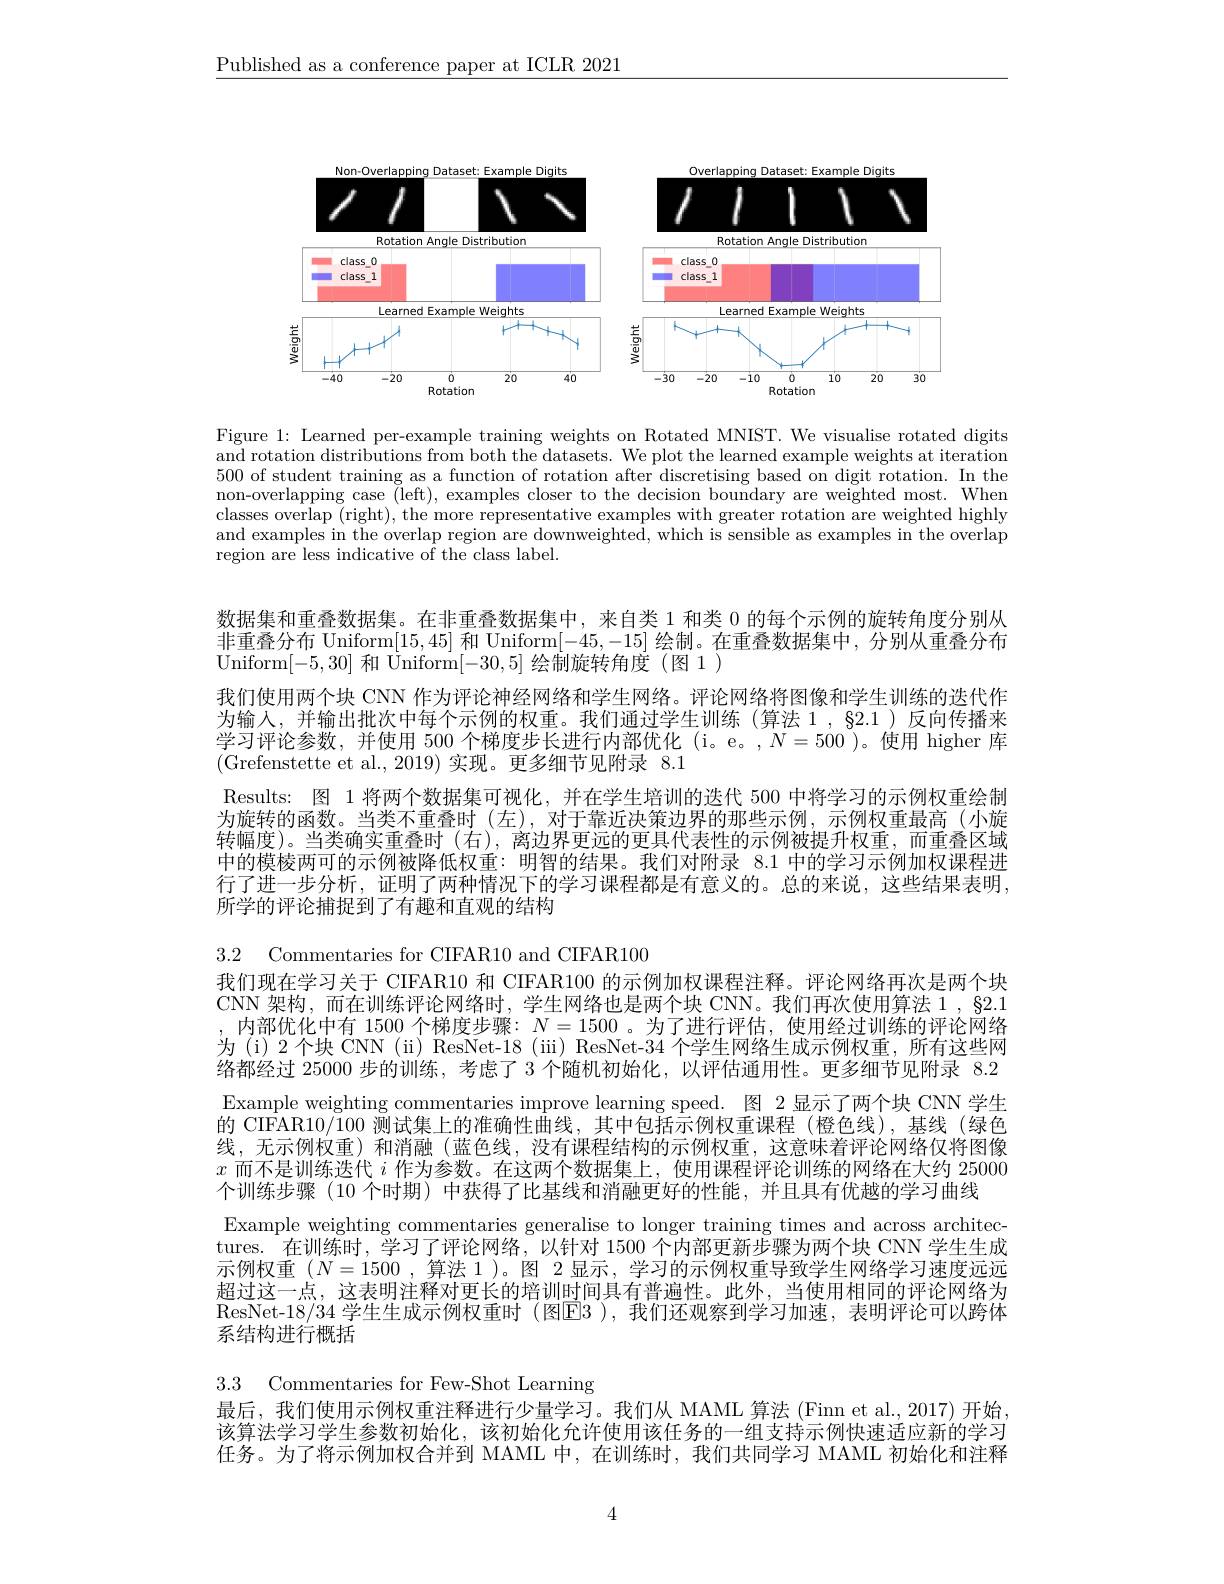
$\underline{\text{Published as a conference paper at ICLR 2021}}$

<FigureHere>

Figure 1: Learned per-example training weights on Rotated MNIST. We visualise rotated digits and rotation distributions from both the datasets. We plot the learned example weights at iteration 500 of student training as a function of rotation after discretising based on digit rotation. In the non-overlapping case (left), examples closer to the decision boundary are weighted most. When classes overlap (right), the more representative examples with greater rotation are weighted highly and examples in the overlap region are downweighted, which is sensible as examples in the overlap region are less indicative of the class label.

数据集和重叠数据集。在非重叠数据集中，来自类 1 和类 0 的每个示例的旋转角度分别从非重叠分布 Uniform[15,45]和 Uniform[-45,-15]绘制。在重叠数据集中，分别从重叠分布Uniform[-5,30]和 Uniform[-30,5]绘制旋转角度 (图 1 )
我们使用两个块 CNN 作为评论神经网络和学生网络。评论网络将图像和学生训练的迭代作为输入，并输出批次中每个示例的权重。我们通过学生训练(算法 1,§2.1)反向传播来学习评论参数，并使用 500 个梯度步长进行内部优化 (i。e。,$N=500$ )。使用 higher 库(Grefenstette et al.,2019)实现。更多细节见附录 8.1
Results: 图 1 将两个数据集可视化，并在学生培训的迭代 500 中将学习的示例权重绘制为旋转的函数。当类不重叠时 (左),对于靠近决策边界的那些示例，示例权重最高(小旋转幅度)。当类确实重叠时(右),离边界更远的更具代表性的示例被提升权重，而重叠区域中的模棱两可的示例被降低权重：明智的结果。我们对附录 8.1 中的学习示例加权课程进行了进一步分析，证明了两种情况下的学习课程都是有意义的。总的来说，这些结果表明， 所学的评论捕捉到了有趣和直观的结构

3.2 Commentaries for CIFAR10 and CIFAR100
我们现在学习关于 CIFAR10 和 CIFAR100 的示例加权课程注释。评论网络再次是两个块CNN 架构，而在训练评论网络时，学生网络也是两个块 CNN。我们再次使用算法 1 , $\S2.1$ ,内部优化中有 1500 个梯度步骤：$N=1500$ 。为了进行评估，使用经过训练的评论网络为(i)2个块 CNN(ii) ResNet-18(iii) ResNet-34 个学生网络生成示例权重，所有这些网络都经过 25000 步的训练，考虑了 3 个随机初始化，以评估通用性。更多细节见附录 8.2 Example weighting commentaries improve learning speed. 图 2显示了两个块 CNN 学生的 CIFAR10/100 测试集上的准确性曲线，其中包括示例权重课程 (橙色线),基线 (绿色线，无示例权重)和消融(蓝色线，没有课程结构的示例权重，这意味着评论网络仅将图像$x$而不是训练迭代$i$作为参数。在这两个数据集上，使用课程评论训练的网络在大约 25000个训练步骤(10 个时期) 中获得了比基线和消融更好的性能，并且具有优越的学习曲线
Example weighting commentaries generalise to longer training times and across architectures. 在训练时，学习了评论网络，以针对 1500 个内部更新步骤为两个块 CNN 学生生成示例权重($N=1500$ ,算法 1)。图 2显示，学习的示例权重导致学生网络学习速度远远超过这一点，这表明注释对更长的培训时间具有普遍性。此外，当使用相同的评论网络为ResNet-18/34 学生生成示例权重时 (图E3 ),我们还观察到学习加速，表明评论可以跨体系结构进行概括

3.3 Commentaries for Few-Shot Learning
最后，我们使用示例权重注释进行少量学习。我们从 MAML 算法 (Finn et al., 2017) 开始该算法学习学生参数初始化，该初始化允许使用该任务的一组支持示例快速适应新的学习任务。为了将示例加权合并到 MAML 中，在训练时，我们共同学习 MAML 初始化和注释

4